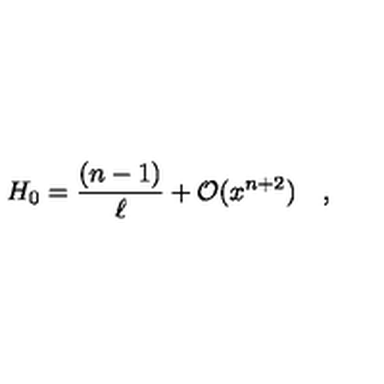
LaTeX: H _ { 0 } = \frac { ( n - 1 ) } { \ell } + { \cal O } ( x ^ { n + 2 } ) \quad ,